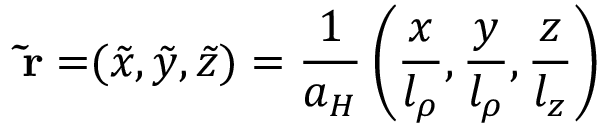
\mathbf { \tilde { r } = } ( \tilde { x } , \tilde { y } , \tilde { z } ) = \frac { 1 } { a _ { H } } \left( \frac { x } { l _ { \rho } } , \frac { y } { l _ { \rho } } , \frac { z } { l _ { z } } \right)